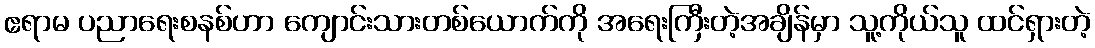
ဧရာမ ပညာရေးစနစ်ဟာ ကျောင်းသားတစ်ယောက်ကို အရေးကြီးတဲ့အချိန်မှာ သူ့ကိုယ်သူ ထင်ရှားတဲ့